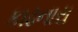
કાઢનારા